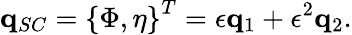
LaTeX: \mathbf{q}_{SC}=\left\{ \Phi,\eta\right\} ^{T}=\epsilon\mathbf{q}_{1}+\epsilon^{2}\mathbf{q}_{2}.